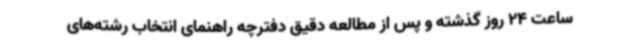
ساعت 24 روز گذشته و پس از مطالعه دقیق دفترچه راهنمای انتخاب رشته‌های